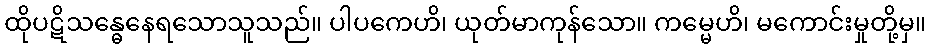
ထိုပဋိသန္ဓေနေရသောသူသည်။ ပါပကေဟိ၊ ယုတ်မာကုန်သော။ ကမ္မေဟိ၊ မကောင်းမှုတို့မှ။